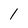
Character: 1